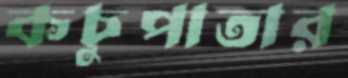
কচুপাতার